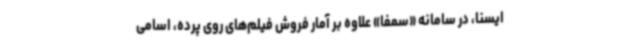
ایسنا، در سامانه «سمفا» علاوه بر آمار فروش فیلم‌های روی پرده، اسامی